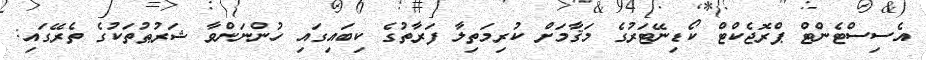
އެސިސްޓެންޓް ޕްރޮޖެކްޓް ކޯޑިނޭޓަރުގެ މަޤާމަށް ކުރިމަތިލާ ފަރާތުގެ ކިބައިގައި ހުންނަންވާ ޝަރުޠުތަކުގެ ތެރޭގައި: